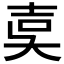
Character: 𡔢